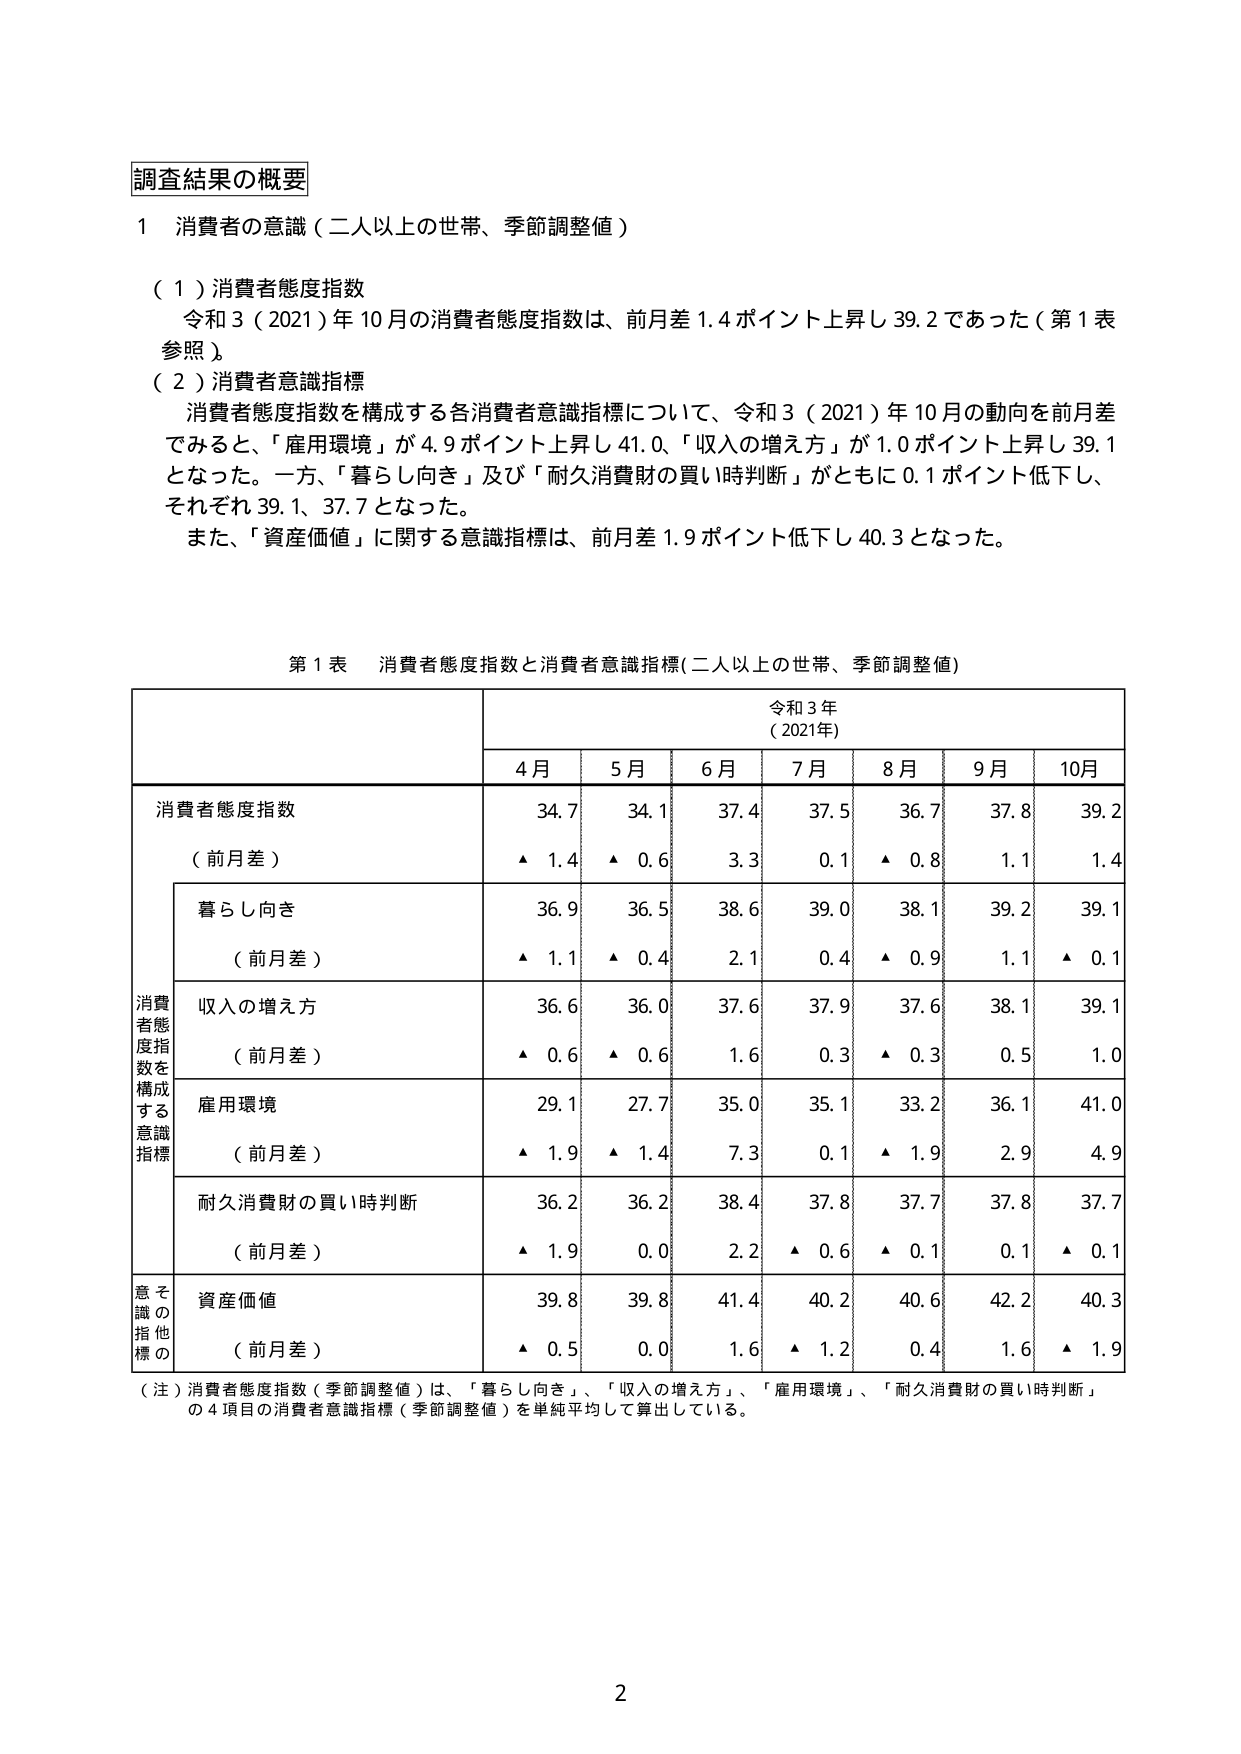
調査結果の概要

１ 消費者の意識（二人以上の世帯、季節調整値）

（１）消費者態度指数
令和３（2021）年10月の消費者態度指数は、前月差1.4ポイント上昇し39.2であった（第1表参照）。

（２）消費者意識指標
消費者態度指数を構成する各消費者意識指標について、令和３（2021）年10月の動向を前月差でみると、「雇用環境」が4.9ポイント上昇し41.0、「収入の増え方」が1.0ポイント上昇し39.1となった。一方、「暮らし向き」及び「耐久消費財の買い時判断」がともに0.1ポイント低下し、それぞれ39.1、37.7となった。
また、「資産価値」に関する意識指標は、前月差1.9ポイント低下し40.3となった。

第1表 消費者態度指数と消費者意識指標（二人以上の世帯、季節調整値）

令和3年
（2021年）

4月 5月 6月 7月 8月 9月 10月

消費者態度指数
（前月差）
34.7 ▲1.4
34.1 ▲0.6
37.4 3.3
37.5 0.1
36.7 ▲0.8
37.8 1.1
39.2 1.4

消費者態度指数を構成する意識指標

暮らし向き
（前月差）
36.9 ▲1.1
36.5 ▲0.4
38.6 2.1
39.0 0.4
38.1 ▲0.9
39.2 1.1
39.1 ▲0.1

収入の増え方
（前月差）
36.6 ▲0.6
36.0 ▲0.6
37.6 1.6
37.9 0.3
37.6 ▲0.3
38.1 0.5
39.1 1.0

雇用環境
（前月差）
29.1 ▲1.9
27.7 ▲1.4
35.0 7.3
35.1 0.1
33.2 ▲1.9
36.1 2.9
41.0 4.9

耐久消費財の買い時判断
（前月差）
36.2 ▲1.9
36.2 0.0
38.4 2.2
37.8 ▲0.6
37.7 ▲0.1
37.8 0.1
37.7 ▲0.1

意識の他の指標の
資産価値
（前月差）
39.8 ▲0.5
39.8 0.0
41.4 1.6
40.2 ▲1.2
40.6 0.4
42.2 1.6
40.3 ▲1.9

（注）消費者態度指数（季節調整値）は、「暮らし向き」、「収入の増え方」、「雇用環境」、「耐久消費財の買い時判断」の4項目の消費者意識指標（季節調整値）を単純平均して算出している。

2